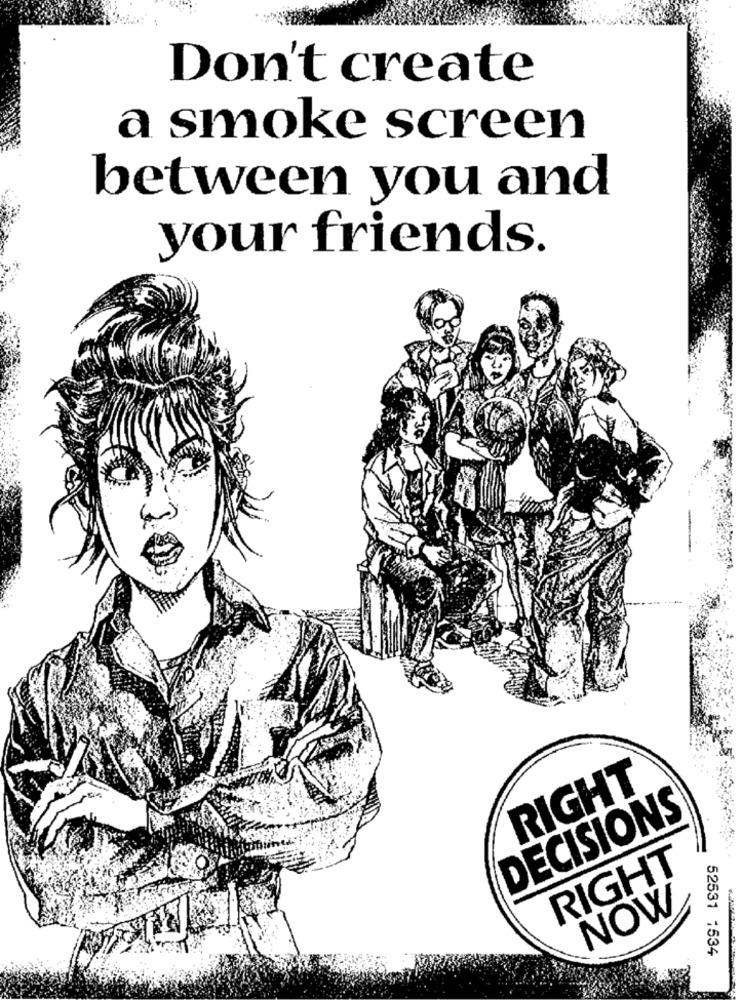
Don't create
a smoke screen
between you and
your friends.
RIGHT
DECISIONS
RIGHT
NOW
52531 1534